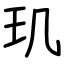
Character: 玑